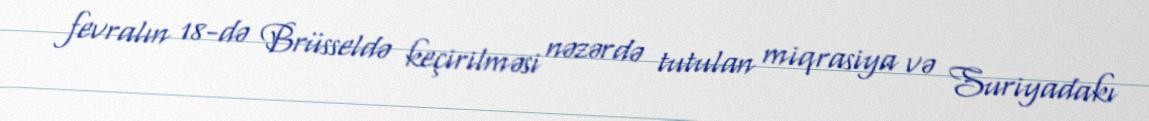
fevralın 18-də Brüsseldə keçirilməsi nəzərdə tutulan miqrasiya və Suriyadakı